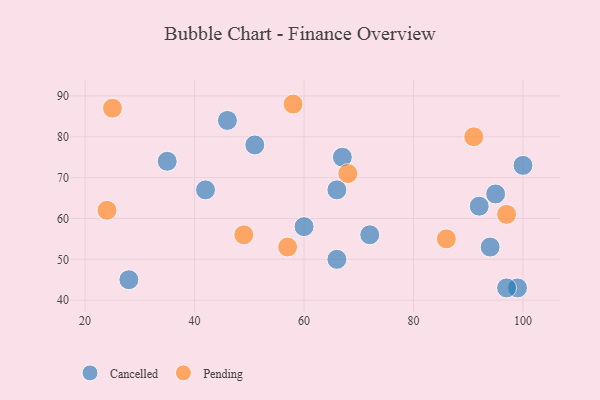
{"axis": {"x": "GDP", "y": "Life Expectancy"}, "legend": ["Cancelled", "Pending"], "data": [{"x": "95", "y": 66, "type": "Cancelled"}, {"x": "99", "y": 43, "type": "Cancelled"}, {"x": "66", "y": 67, "type": "Cancelled"}, {"x": "94", "y": 53, "type": "Cancelled"}, {"x": "60", "y": 58, "type": "Cancelled"}, {"x": "97", "y": 43, "type": "Cancelled"}, {"x": "28", "y": 45, "type": "Cancelled"}, {"x": "67", "y": 75, "type": "Cancelled"}, {"x": "92", "y": 63, "type": "Cancelled"}, {"x": "66", "y": 50, "type": "Cancelled"}, {"x": "42", "y": 67, "type": "Cancelled"}, {"x": "46", "y": 84, "type": "Cancelled"}, {"x": "51", "y": 78, "type": "Cancelled"}, {"x": "35", "y": 74, "type": "Cancelled"}, {"x": "100", "y": 73, "type": "Cancelled"}, {"x": "72", "y": 56, "type": "Cancelled"}, {"x": "68", "y": 71, "type": "Pending"}, {"x": "57", "y": 53, "type": "Pending"}, {"x": "86", "y": 55, "type": "Pending"}, {"x": "25", "y": 87, "type": "Pending"}, {"x": "97", "y": 61, "type": "Pending"}, {"x": "91", "y": 80, "type": "Pending"}, {"x": "49", "y": 56, "type": "Pending"}, {"x": "24", "y": 62, "type": "Pending"}, {"x": "58", "y": 88, "type": "Pending"}]}